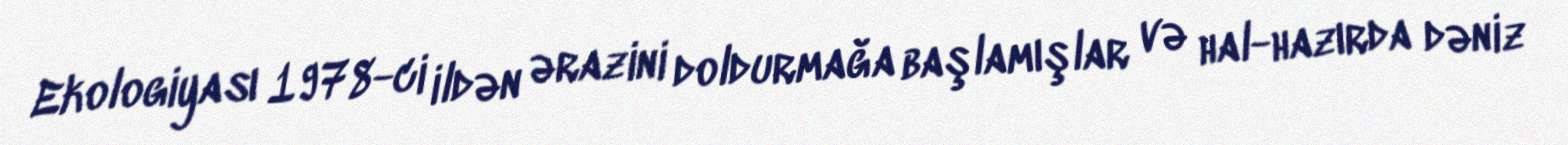
Ekologiyası 1978-ci ildən ərazini doldurmağa başlamışlar və hal-hazırda dəniz